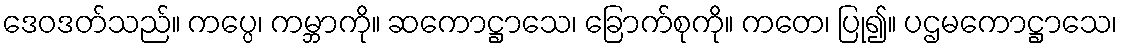
ဒေဝဒတ်သည်။ ကပ္ပေ၊ ကမ္ဘာကို။ ဆကောဋ္ဌာသေ၊ ခြောက်စုကို။ ကတေ၊ ပြု၍။ ပဌမကောဋ္ဌာသေ၊